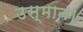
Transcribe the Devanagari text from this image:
उस्मान।